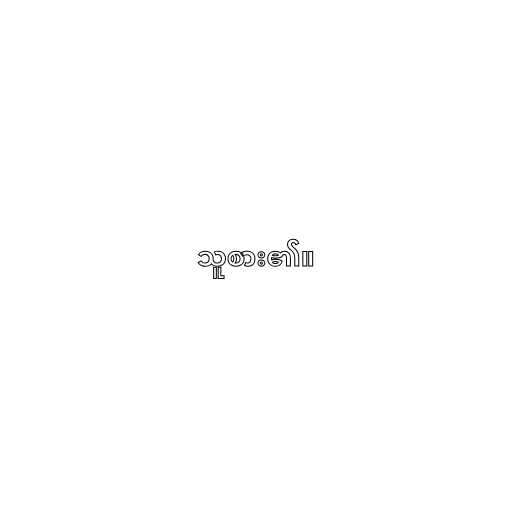
သူစား၏။